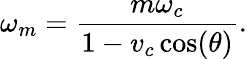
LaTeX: \omega_{m}=\frac{m\omega_{c}}{1-v_{c}\cos(\theta)}.